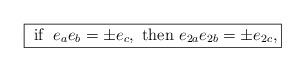
LaTeX: \begin{align*}\fbox{$\mbox{ if } \; e_{a}e_{b}=\pm e_{c}, \mbox{ then } e_{2a}e_{2b}=\pm e_{2c},$}\end{align*}